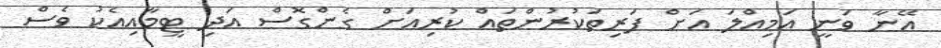
އޭނާ ވަނީ އަމިއްލަ އަށް ފަރިތަކުރުންތައް ކުރިއަށް ގެންގޮސް އަދި ޓީމާއިއެކު ވެސް